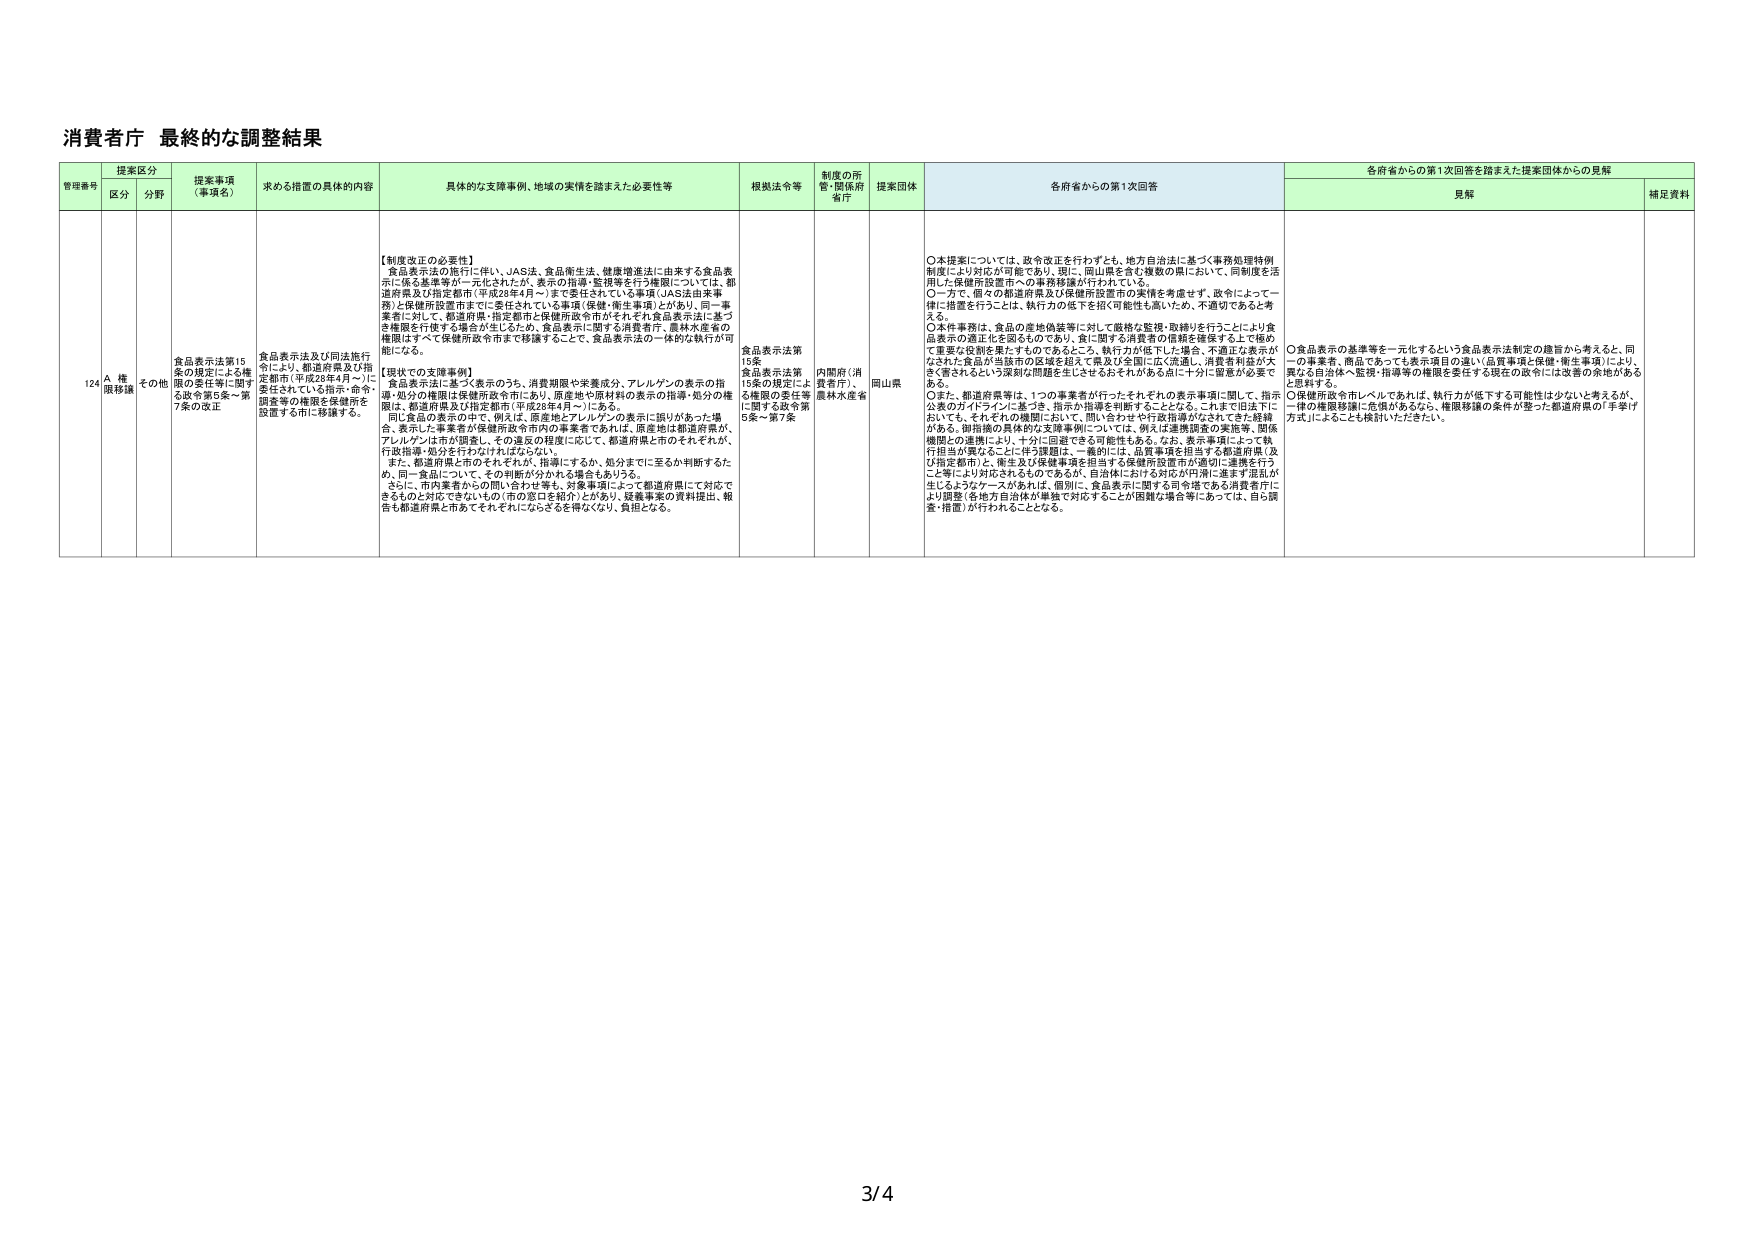
消費者庁 最終的な調整結果

管理番号 提案区分 提案事項（事項名） 求める措置の具体的内容 具体的な支援事例、地域の実情を踏まえた必要性等 根拠法令等 制度の所管・関係府省庁 提案団体 各府省からの第1次回答 各府省からの第1次回答を踏まえた提案団体からの見解
区分 分野 見解 補足資料

124 A 権限移譲 その他 食品表示法第15条の規定による権限の委任等に関する政令第5条～第7条の改正 食品表示法及び同法施行令により、都道府県及び指定都市（平成28年4月～）に委任されている指示・命令・調査等の権限を保健所を設置する市に移譲する。 【制度改正の必要性】
食品表示法の施行に伴い、JAS法、食品衛生法、健康増進法に由来する食品表示に係る基準等が一元化されたが、表示の指導・監視等を行う機関については、都道府県及び指定都市（平成28年4月～）まで委任されている事項（JAS法由来事務）と保健所設置市までに委任されている事項（保健・衛生事項）とがあり、同一事業者に対して、都道府県・指定都市と保健所設置市がそれぞれ食品表示法に基づき権限を行使する場合が生じるため、食品表示に関する消費者庁、農林水産省の権限はすべて保健所設置市まで移譲することで、食品表示法の一体的な執行が可能になる。
【現状での支援事例】
食品表示法に基づく表示のうち、消費期限や栄養成分、アレルゲンの表示の指導・処分の権限は保健所設置市にあり、原産地や原材料の表示の指導・処分の権限は、都道府県及び指定都市（平成28年4月～）にある。
同じ食品の表示の中で、例えば、原産地とアレルゲンの表示に誤りがあった場合、表示した事業者が保健所設置市内の事業者であれば、原産地は都道府県が、アレルゲンは市が調査し、その違反の程度に応じて、都道府県と市がそれぞれが、行政指導・処分を行わなければならない。
また、都道府県と市がそれぞれが、指導にするか、処分までに至るか判断するため、同一食品について、その判断が分かれる場合もあろう。
さらに、市内業者からの問い合わせ等も、対象事項によって都道府県にて対応できるものと対応できないもの（市の窓口を紹介）とがあり、疑義事案の資料提出、報告も都道府県と市あてそれぞれにならざるを得なくなり、負担となる。 食品表示法第15条
食品表示法第15条の規定による権限の委任等に関する政令第5条～第7条 内閣府（消費者庁）、農林水産省 岡山県 ○本提案については、政令改正を行わずとも、地方自治法に基づく事務処理特例制度により対応が可能であり、現に、岡山県を含む複数の県において、同制度を活用した保健所設置市への事務移譲が行われている。
○一方で、個々の都道府県及び保健所設置市の実情を考慮せず、政令によって一律に措置を行うことは、執行力の低下を招く可能性も高いため、不適切であると考える。
○本件事務は、食品の産地偽装等に対して厳格な監視・取締りを行うことにより食品表示の適正化を図るものであり、食に関する消費者の信頼を確保する上で極めて重要な役割を果たすものであるところ、執行力が低下した場合、不適正な表示がなされた食品が当該市の区域を超えて普及が全国に広く流通し、消費者利益が大きく害されるという深刻な問題を生じさせるおそれがある点に十分に留意が必要である。
○また、都道府県等は、1つの事業者が行ったそれぞれの表示事項に関して、指示公表のガイドラインに基づき、指示か指導を判断することとなる。これまで旧法下においても、それぞれの機関において、問い合わせや行政指導がなされてきた経緯がある。御指摘の具体的な支援事例については、例えば連携調査の実施等、関係機関との連携により、十分に回避できる可能性もある。なお、表示事項によって執行担当が異なることに伴う課題は、一般的には、品質事項を担当する都道府県（及び指定都市）と、衛生及び保健事項を担当する保健所設置市が適切に連携を行うこと等により対応されるものであるが、自治体における対応が円滑に進まず混乱が生じるようなケースがあれば、個別に、食品表示に関する司令塔である消費者庁により調整（各地方自治体が単独で対応することが困難な場合等にあっては、自ら調査・措置）が行われることとなる。 ○食品表示の基準等を一元化するという食品表示法制定の趣旨から考えると、同一の事業者、商品であっても表示項目の違い（品質事項と保健・衛生事項）により、異なる自治体へ監視・指導等の権限を委任する現在の政令には改善の余地があると思料する。
○保健所設置市レベルであれば、執行力が低下する可能性は少ないと考えるが、一律の権限移譲に危惧があるなら、権限移譲の条件が整った都道府県の「手挙げ方式」によることも検討いただきたい。

3/4